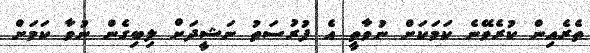
ތެރެއިން ކުރެވޭނެ ކަމަކަށް ނުވާތީ އެ ފުރުސަތު ނަޝީދަށް ލިބިގެން ނުވާ ކަމަށް